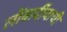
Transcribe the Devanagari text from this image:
लोंबार्दीयाची